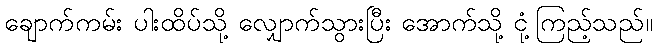
ချောက်ကမ်း ပါးထိပ်သို့ လျှောက်သွားပြီး အောက်သို့ ငုံ့ကြည့်သည်။